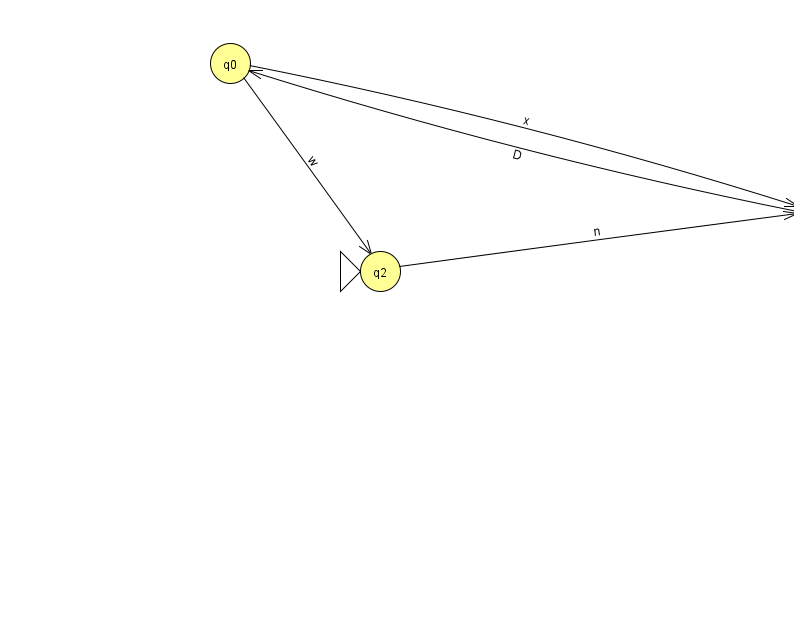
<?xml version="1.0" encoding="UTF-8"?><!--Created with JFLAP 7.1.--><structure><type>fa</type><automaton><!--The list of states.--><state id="0" name="q0"><x>230.0</x><y>50.0</y></state><state id="1" name="q1"><x>816.0</x><y>200.0</y><final/></state><state id="2" name="q2"><x>380.0</x><y>258.0</y><initial/></state><!--The list of transitions.--><transition><from>1</from><to>0</to><read>D</read></transition><transition><from>2</from><to>1</to><read>n</read></transition><transition><from>0</from><to>2</to><read>w</read></transition><transition><from>0</from><to>1</to><read>x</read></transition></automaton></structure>